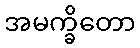
အမက္ခိတော